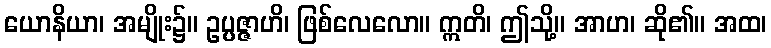
ယောနိယာ၊ အမျိုး၌။ ဥပ္ပဇ္ဇာဟိ၊ ဖြစ်လေလော။ ဣတိ၊ ဤသို့။ အာဟ၊ ဆို၏။ အထ၊